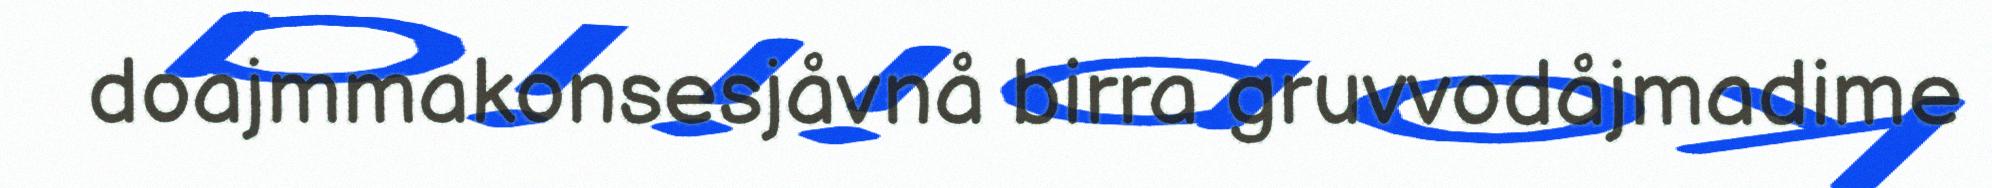
doajmmakonsesjåvnå birra gruvvodåjmadime